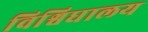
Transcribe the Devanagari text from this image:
विश्विधालय